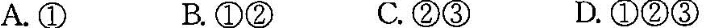
A. ① B. ①② C. ②③ D. ①②③